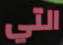
التي